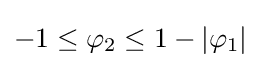
-1\leq \varphi _{2}\leq 1-|\varphi _{1}|